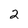
Character: 2